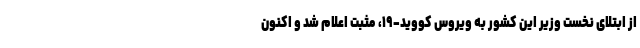
از ابتلای نخست وزیر این کشور به ویروس کووید-۱۹، مثبت اعلام شد و اکنون